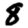
Digit: 8